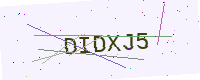
Text: DIDXJ5